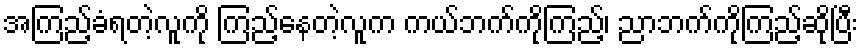
အကြည့်ခံရတဲ့လူကို ကြည့်နေတဲ့လူက ကယ်ဘက်ကိုကြည့်၊ ညာဘက်ကိုကြည့်ဆိုပြီး